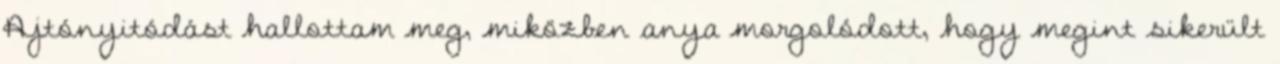
Ajtónyitódást hallottam meg, miközben anya morgolódott, hogy megint sikerült